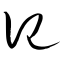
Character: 记